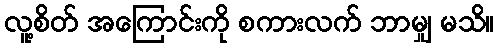
လူ့စိတ် အကြောင်းကို စကားလက် ဘာမျှ မသိ။